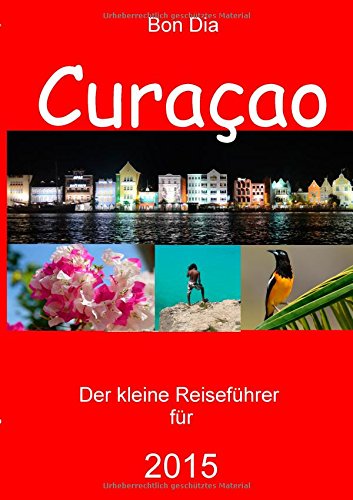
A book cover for Bon Dia Curacao (German Edition); Elke Verheugen; Travel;